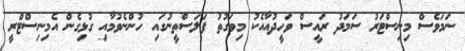
ނަމަވެސް މިނިސްޓަރު ސަމަދު ރައީސް ވަހީދުއާއެކު މިވަގުތު ފަލަސްތީނުގައި ހުންނެވުމާއި ގުޅިގެން އެމިނިސްޓްރީ